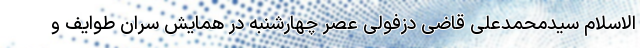
الاسلام سیدمحمدعلی قاضی دزفولی عصر چهارشنبه در همایش سران طوایف و